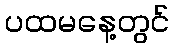
ပထမနေ့တွင်